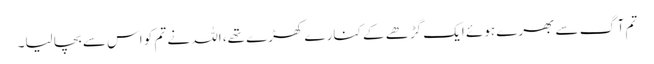
تم آگ سے بھرے ہوئے ایک گڑھے کے کنارے کھڑے تھے، اللہ نے تم کو اس سے بچا لیا۔